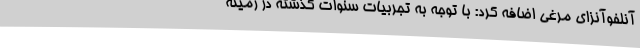
آنلفوآنزای مرغی اضافه کرد: با توجه به تجربیات سنوات گذشته در زمینه